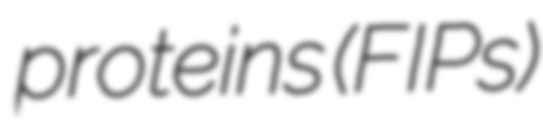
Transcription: proteins (FIPs)